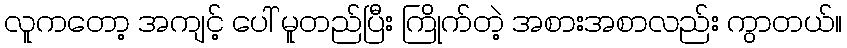
လူကတော့ အကျင့် ပေါ် မူတည်ပြီး ကြိုက်တဲ့ အစားအစာလည်း ကွာတယ်။